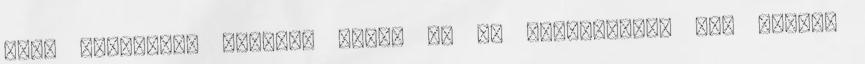
éves korombeli énemnek lehet én is javasolnám. Bár sokáig